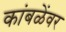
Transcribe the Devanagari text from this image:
कांबळेंवर